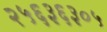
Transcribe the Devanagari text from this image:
२५६३६३०५